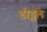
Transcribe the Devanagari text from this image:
डोड्सले